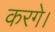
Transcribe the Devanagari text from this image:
करगे।